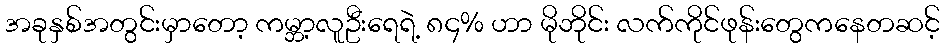
အခုနှစ်အတွင်းမှာတော့ ကမ္ဘာ့လူဦးရေရဲ့ ၈၄% ဟာ မိုဘိုင်း လက်ကိုင်ဖုန်းတွေကနေတဆင့်